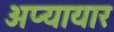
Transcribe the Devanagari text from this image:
अप्यायार